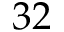
3 2